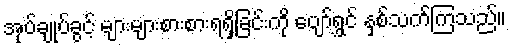
အုပ်ချုပ်ခွင့် များများစားစားရရှိခြင်းကို ပျော်ရွှင် နှစ်သက်ကြသည်။